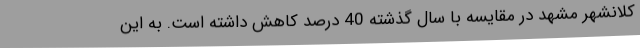
کلانشهر مشهد در مقایسه با سال گذشته 40 درصد کاهش داشته‌ است. به این